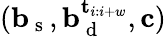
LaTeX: (\mathbf{b}_{\mathrm{~s~}},\mathbf{b}_{\mathrm{~d~}}^{\mathbf{t}_{i:i+w}},\mathbf{c})